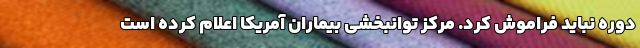
دوره نباید فراموش کرد. مرکز توانبخشی بیماران آمریکا اعلام کرده است